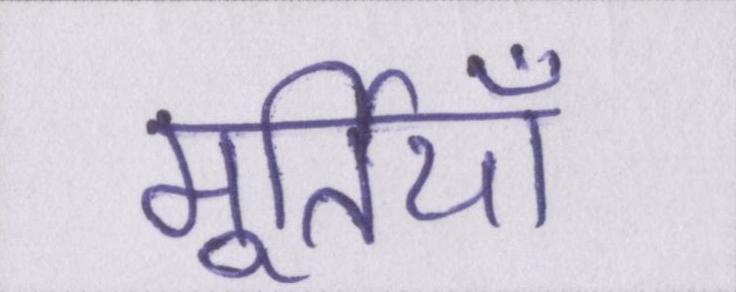
मूर्तियाँ